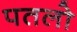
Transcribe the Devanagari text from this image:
पतलो